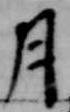
月